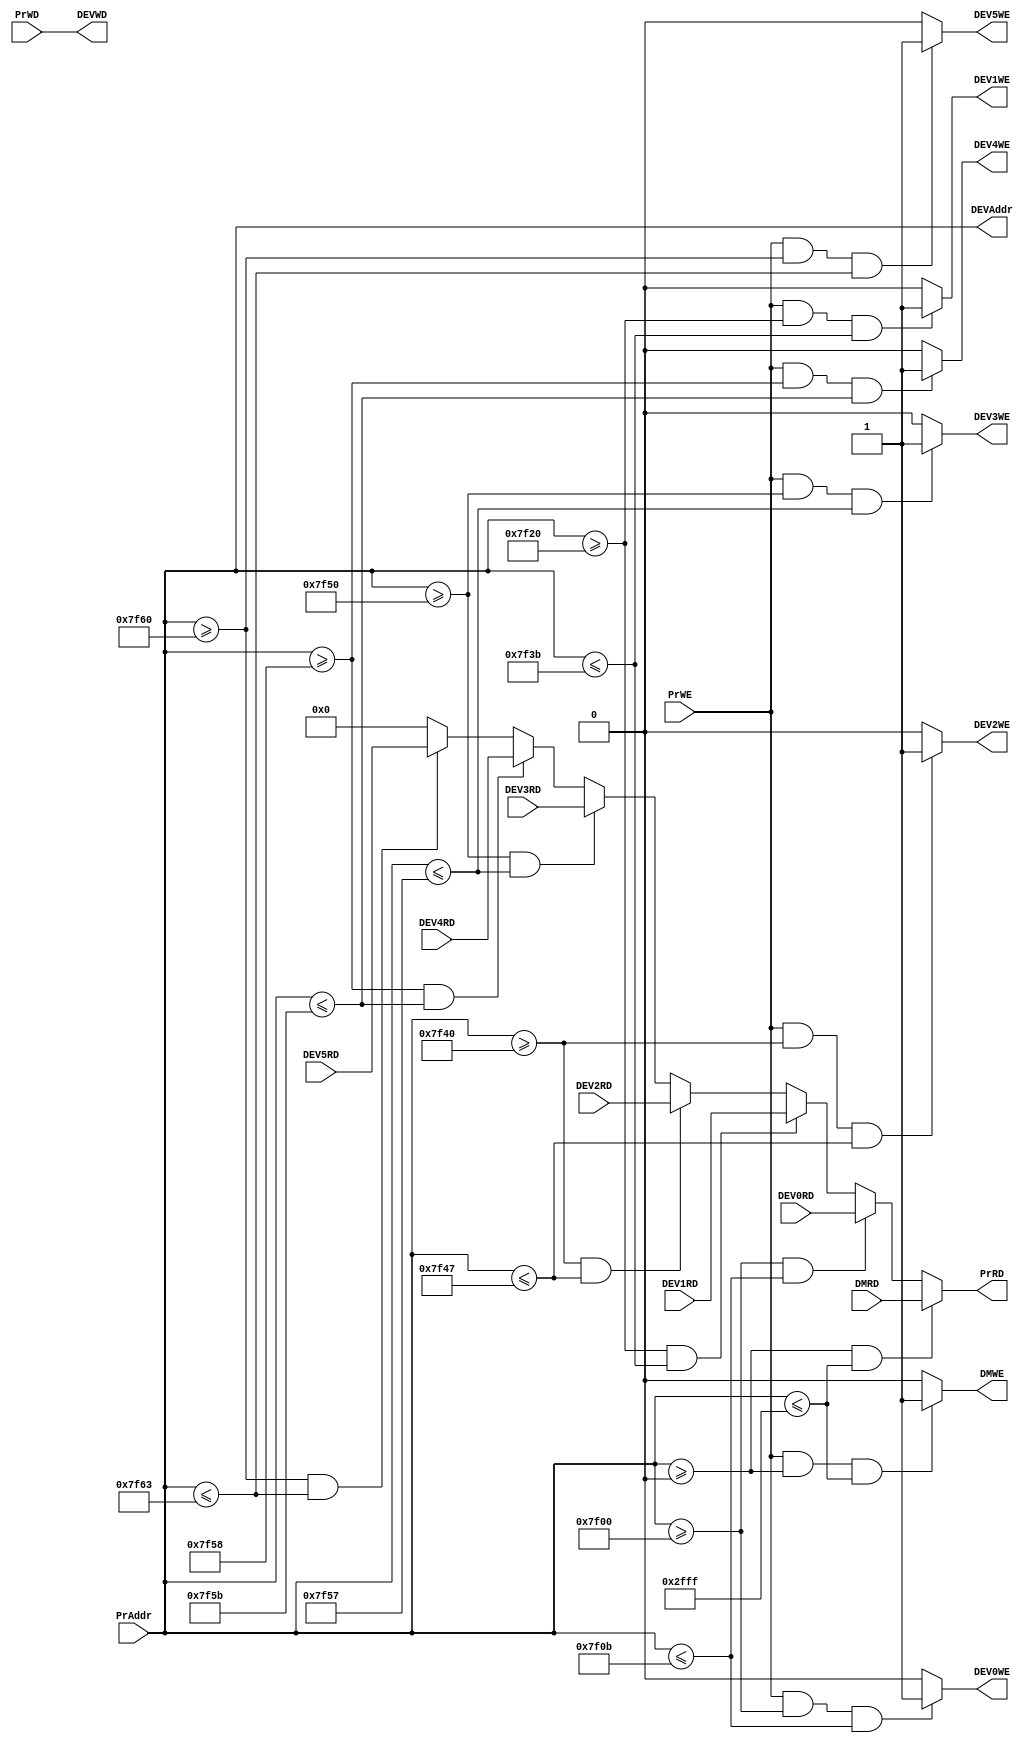
`timescale 1ns / 1ps
//////////////////////////////////////////////////////////////////////////////////
// Company: 
// Engineer: 
// 
// Design Name: 
// Module Name:    Bridge 
// Project Name: 
// Target Devices: 
// Tool versions: 
// Description: 
//
// Dependencies: 
//
// Revision: 
// Revision 0.01 - File Created
// Additional Comments: 
//
//////////////////////////////////////////////////////////////////////////////////
module Bridge(
    input [31:0] PrAddr,
    input [31:0] PrWD,
    input PrWE,
	 input [31:0] DMRD,
    input [31:0] DEV0RD,
    input [31:0] DEV1RD,
	 input [31:0] DEV2RD,
	 input [31:0] DEV3RD,
	 input [31:0] DEV4RD,
	 input [31:0] DEV5RD,
    output reg [31:0] PrRD,
    output [31:0] DEVAddr,
    output [31:0] DEVWD,
	 output DMWE,
	 output DEV0WE,
	 output DEV1WE,
	 output DEV2WE,
	 output DEV3WE,
	 output DEV4WE,
	 output DEV5WE
    );
	 always@(*) begin
		if (PrAddr >= 32'h00000000 && PrAddr <= 32'h00002fff) begin
			PrRD = DMRD;
		end
		else if (PrAddr >= 32'h00007f00 && PrAddr <= 32'h00007f0b) begin
			PrRD = DEV0RD;
		end
		else if (PrAddr >= 32'h00007f20 && PrAddr <= 32'h00007f3b) begin
			PrRD = DEV1RD;
		end
		else if (PrAddr >= 32'h00007f40 && PrAddr <= 32'h00007f47) begin
			PrRD = DEV2RD;
		end
		else if (PrAddr >= 32'h00007f50 && PrAddr <= 32'h00007f57) begin
			PrRD = DEV3RD;
		end
		else if (PrAddr >= 32'h00007f58 && PrAddr <= 32'h00007f5b) begin
			PrRD = DEV4RD;
		end
		else if (PrAddr >= 32'h00007f60 && PrAddr <= 32'h00007f63) begin
			PrRD = DEV5RD;
		end
		else begin
			PrRD = 32'h00000000;
		end
	 end
	 assign DEVAddr = PrAddr;
	 assign DEVWD = PrWD;
	 assign DMWE = (PrWE && PrAddr >= 32'h00000000 && PrAddr <= 32'h00002fff) ? 1 : 0;
	 assign DEV0WE = (PrWE && PrAddr >= 32'h00007f00 && PrAddr <= 32'h00007f0b) ? 1 : 0;
	 assign DEV1WE = (PrWE && PrAddr >= 32'h00007f20 && PrAddr <= 32'h00007f3b) ? 1 : 0;
	 assign DEV2WE = (PrWE && PrAddr >= 32'h00007f40 && PrAddr <= 32'h00007f47) ? 1 : 0;
	 assign DEV3WE = (PrWE && PrAddr >= 32'h00007f50 && PrAddr <= 32'h00007f57) ? 1 : 0;
	 assign DEV4WE = (PrWE && PrAddr >= 32'h00007f58 && PrAddr <= 32'h00007f5b) ? 1 : 0;
	 assign DEV5WE = (PrWE && PrAddr >= 32'h00007f60 && PrAddr <= 32'h00007f63) ? 1 : 0;



endmodule